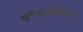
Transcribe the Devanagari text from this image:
क्षेत्राबाहेरील